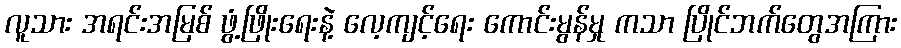
လူသား အရင်းအမြစ် ဖွံ့ဖြိုးရေးနဲ့ လေ့ကျင့်ရေး ကောင်းမွန်မှု ကသာ ပြိုင်ဘက်တွေအကြား